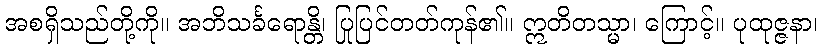
အစရှိသည်တို့ကို။ အဘိသင်္ခရောန္တိ၊ ပြုပြင်တတ်ကုန်၏။ ဣတိတသ္မာ၊ ကြောင့်။ ပုထုဇ္ဇနာ၊